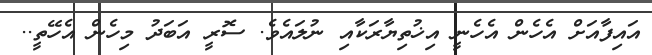
އައިފާއަށް އެހެން އެހެނީ އިޚުތިޔާރަކާއި ނުލައެވެ. ސޮރީ އަބަދު މިހެން އެހޭތީ..